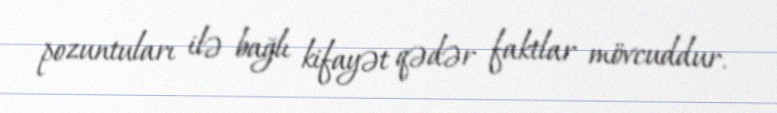
pozuntuları ilə bağlı kifayət qədər faktlar mövcuddur.